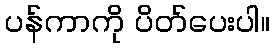
ပန်ကာကို ပိတ်ပေးပါ။